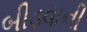
બીડવાની